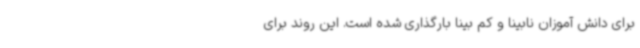
برای دانش آموزان نابینا و کم بینا بارگذاری شده است. این روند برای